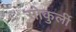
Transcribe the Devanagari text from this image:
सोकुर्ली